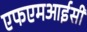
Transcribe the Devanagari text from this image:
एफएमआईसी